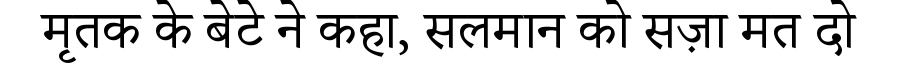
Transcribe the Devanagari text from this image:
मृतक के बेटे ने कहा, सलमान को सज़ा मत दो